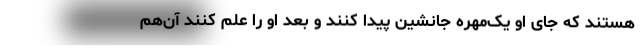
هستند که جای او یک‌مهره جانشین پیدا کنند و بعد او را علم کنند آن‌هم